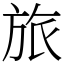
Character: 旅